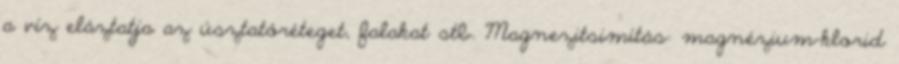
a víz eláztatja az úsztatóréteget, falakat stb. Magnezitsimítás: magnézium-klorid